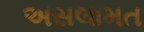
અસલામત